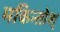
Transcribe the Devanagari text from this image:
मकिन्तोश्